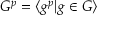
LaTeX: G ^ { p } = \langle g ^ { p } | g \in G \rangle